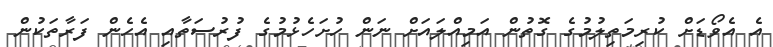
އެ އެވޯޑަށް ކުރިމަތިލުމުގެ ގޮތުން އަމިއްލައަށް ނަން ހުށަހެޅުމުގެ ފުރުސަތާއި އެހެން ފަރާތަކުން